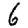
Digit: 6